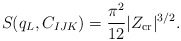
\begin{align*}S (q_L, C_{IJK}) = {\pi^2 \over 12} |Z_{\rm cr}|^{3/2}.\end{align*}